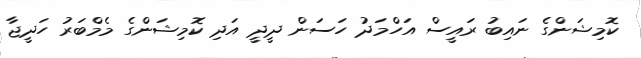
ކޮމިޝަންގެ ނައިބު ރައީސް އަހްމަދު ހަސަން ދީދީ އަދި ކޮމިޝަންގެ މެމްބަރު ހަދީޖާ